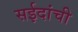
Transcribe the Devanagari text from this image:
सईदांची